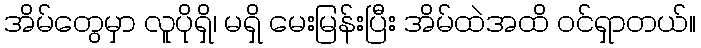
အိမ်တွေမှာ လူပိုရှိ၊ မရှိ မေးမြန်းပြီး အိမ်ထဲအထိ ဝင်ရှာတယ်။